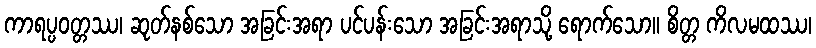
ကာရပ္ပဝတ္တဿ၊ ဆုတ်နစ်သော အခြင်းအရာ ပင်ပန်းသော အခြင်းအရာသို့ ရောက်သော။ စိတ္တ ကိလမထဿ၊